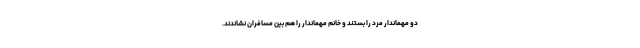
دو مهماندار مرد را بستند و خانم مهماندار را هم بین مسافران نشاندند.